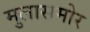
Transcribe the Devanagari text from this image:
मुलासमोर